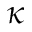
\kappa